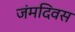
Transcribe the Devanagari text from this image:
जंमदिवस